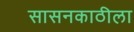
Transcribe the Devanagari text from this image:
सासनकाठीला